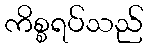
ကိစ္စရပ်သည်